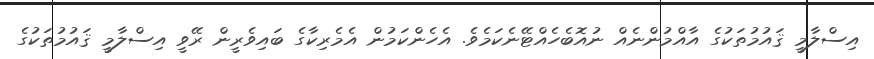
އިސްލާމީ ޤައުމުތަކުގެ އާއްމުންނެއް ނުއޮބެހެއްޓޭނެކަމެވެ. އެހެންކަމުން އެމެރިކާގެ ބައިވެރީން ރޭވީ އިސްލާމީ ޤައުމުތަކުގެ